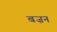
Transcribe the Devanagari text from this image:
बज़न